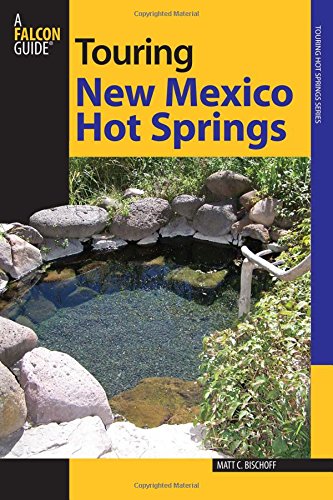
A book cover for Touring New Mexico Hot Springs (Touring Hot Springs); Matt C. Bischoff; Science & Math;